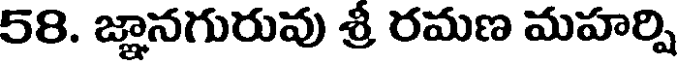
58. జ్ఞానగురువు శ్రీ రమణ మహర్షి